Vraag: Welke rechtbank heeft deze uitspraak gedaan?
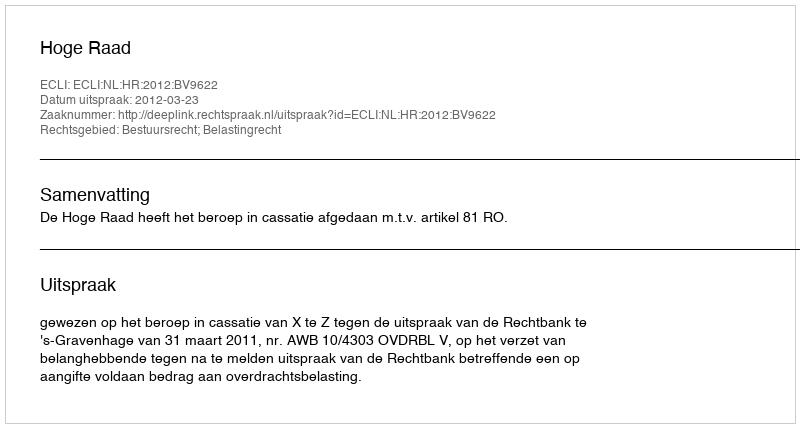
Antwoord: Hoge Raad